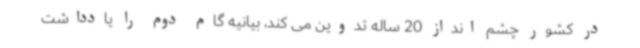
در کشور چشم انداز 20 ساله تدوین می کند، بیانیه گام دوم را یادداشت